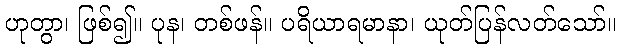
ဟုတွာ၊ ဖြစ်၍။ ပုန၊ တစ်ဖန်။ ပရိယာရမာနာ၊ ယုတ်ပြန်လတ်သော်။